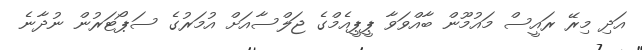
އަދި މިރޭ ރައީސް މައުމޫން ބާއްވަވާ ޕީޕީއެމްގެ ޖަލްސާއަށް އުމަރުގެ ސަޕޯޓަރުން ނުދާނެ